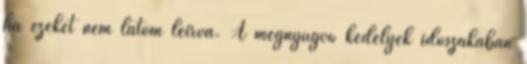
ha ezeket nem látom leírva. A megnyugvó kedélyek időszakában